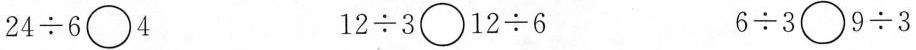
$$2 4 \div 6 \bigcirc 4$$ $$1 2 \div 3 \bigcirc 1 2 \div 6$$ $$6 \div 3 \bigcirc 9 \div 3$$